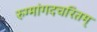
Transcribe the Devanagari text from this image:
रुग्मांगदचरितम्